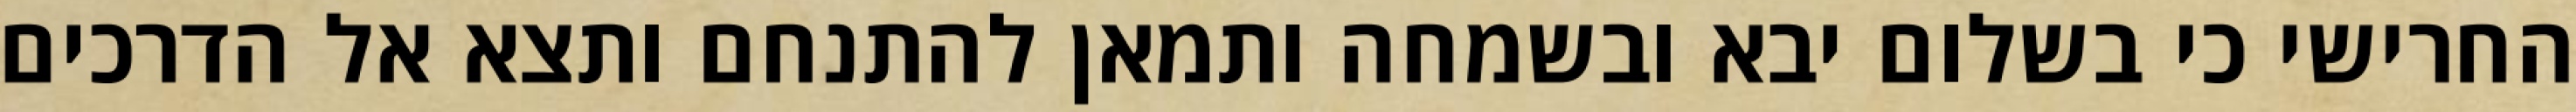
החרישי כי בשלום יבא ובשמחה ותמאן להתנחם ותצא אל הדרכים